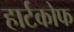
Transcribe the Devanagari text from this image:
हार्टकोफ